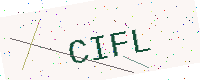
Text: CIFL